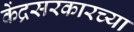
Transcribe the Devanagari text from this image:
केंद्रसरकारच्या